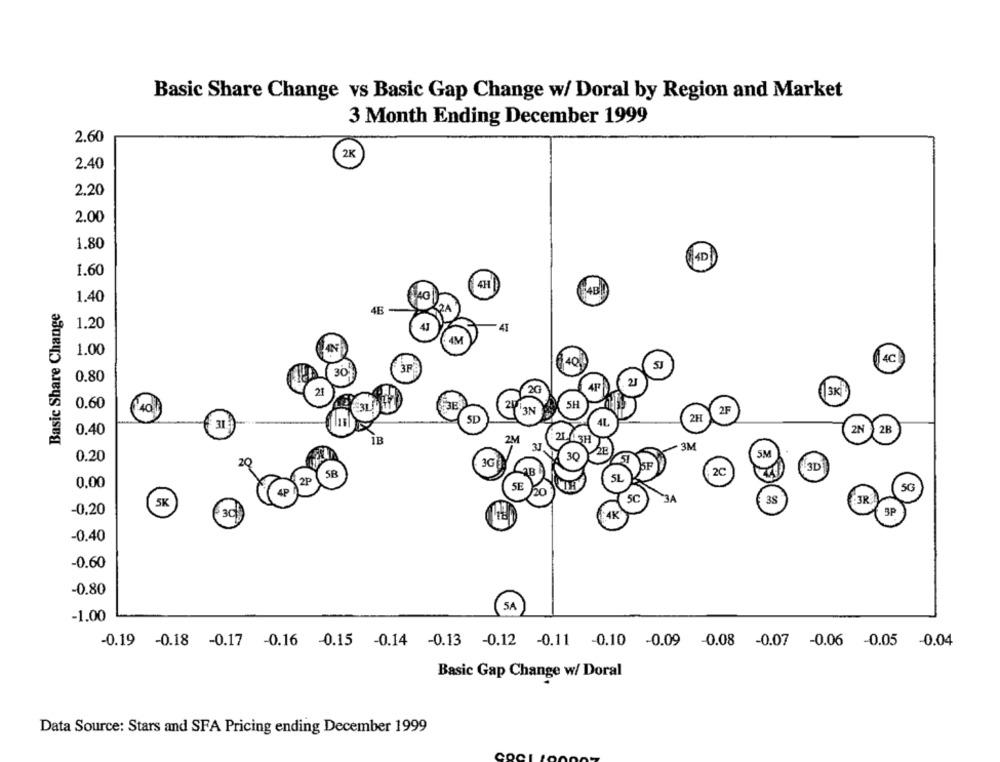
Basic Share Change vs Basic Gap Change w/ Doral by Region and Market
3 Month Ending December 1999
2.60
2K
2.40
2.20
2.00
1.80
4D
1.60
4H
1.40
Basic Share Change
4F
1.20
41
M
1.00
IN
£4CÌ
40
30
3F
0.80
2G
21
(3KÏ
0.60
SH
40
'3N
2F
SD
2H
41.
0.40
2N
2B
1B
2M
2L 3H
2E
3M
0.20
30
SM
20
5F
5R
2C
3D
2P
5L
0.00
SE
SG
4P
5K
SC
38
-0.20
SP
3C
4K
-0.40
-0.60
-0.80
( SA
-1.00
-0.19 -0.18 -0.17 -0.16 0.15 -0.14 -0.13 -0.12 -0.11 0.10 -0.09 0.08 -0.07 -0.06 -0.05 0.04
Basic Gap Change w/ Doral
Data Source: Stars and SFA Pricing ending December 1999